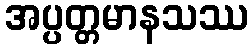
အပ္ပတ္တမာနသဿ